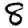
Digit: 8